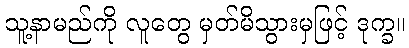
သူ့နာမည်ကို လူတွေ မှတ်မိသွားမှဖြင့် ဒုက္ခ။